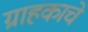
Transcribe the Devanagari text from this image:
ग्राहकाचे